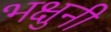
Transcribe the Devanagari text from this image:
भक्षुनी